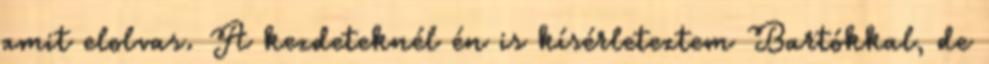
amit elolvas. A kezdeteknél én is kísérleteztem Bartókkal, de